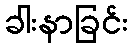
ခါးနာခြင်း